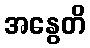
အနွေတိ